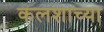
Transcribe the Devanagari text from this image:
कलशाच्या